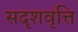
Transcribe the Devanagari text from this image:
सदृशवृत्ति